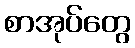
စာအုပ်တွေ